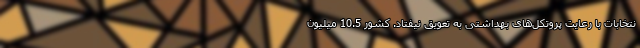
نتخابات با رعایت پروتکل‌های بهداشتی به تعویق نیفتاد. کشور 10.5 میلیون